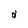
Character: d